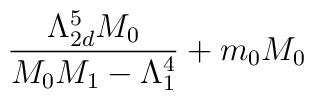
\frac{\Lambda _{2d}^{5}M_{0}}{M_{0}M_{1}-\Lambda _{1}^{4}}+m_{0}M_{0}